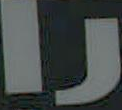
را